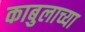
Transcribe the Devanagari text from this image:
काबुलाच्या